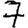
Digit: 7